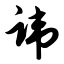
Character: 讳